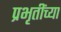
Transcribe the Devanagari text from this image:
प्रभृतींच्या